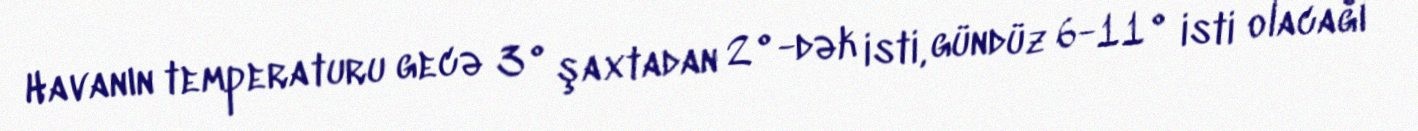
Havanın temperaturu gecə 3° şaxtadan 2°-dək isti, gündüz 6-11° isti olacağı